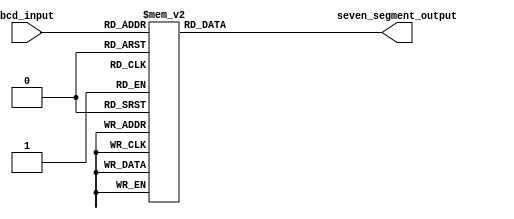
module bcd_decoder (
    input [3:0] bcd_input,
    output reg [6:0] seven_segment_output
);

always @ (*) begin
    case(bcd_input)
        4'b0000: seven_segment_output = 7'b0111111; // 0
        4'b0001: seven_segment_output = 7'b0000110; // 1
        4'b0010: seven_segment_output = 7'b1011011; // 2
        4'b0011: seven_segment_output = 7'b1001111; // 3
        4'b0100: seven_segment_output = 7'b1100110; // 4
        4'b0101: seven_segment_output = 7'b1101101; // 5
        4'b0110: seven_segment_output = 7'b1111101; // 6
        4'b0111: seven_segment_output = 7'b0000111; // 7
        4'b1000: seven_segment_output = 7'b1111111; // 8
        4'b1001: seven_segment_output = 7'b1101111; // 9
        default: seven_segment_output = 7'b1111111;   // default to display blank
    endcase
end

endmodule